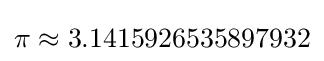
\pi \approx 3.1415926535897932